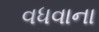
વધવાના